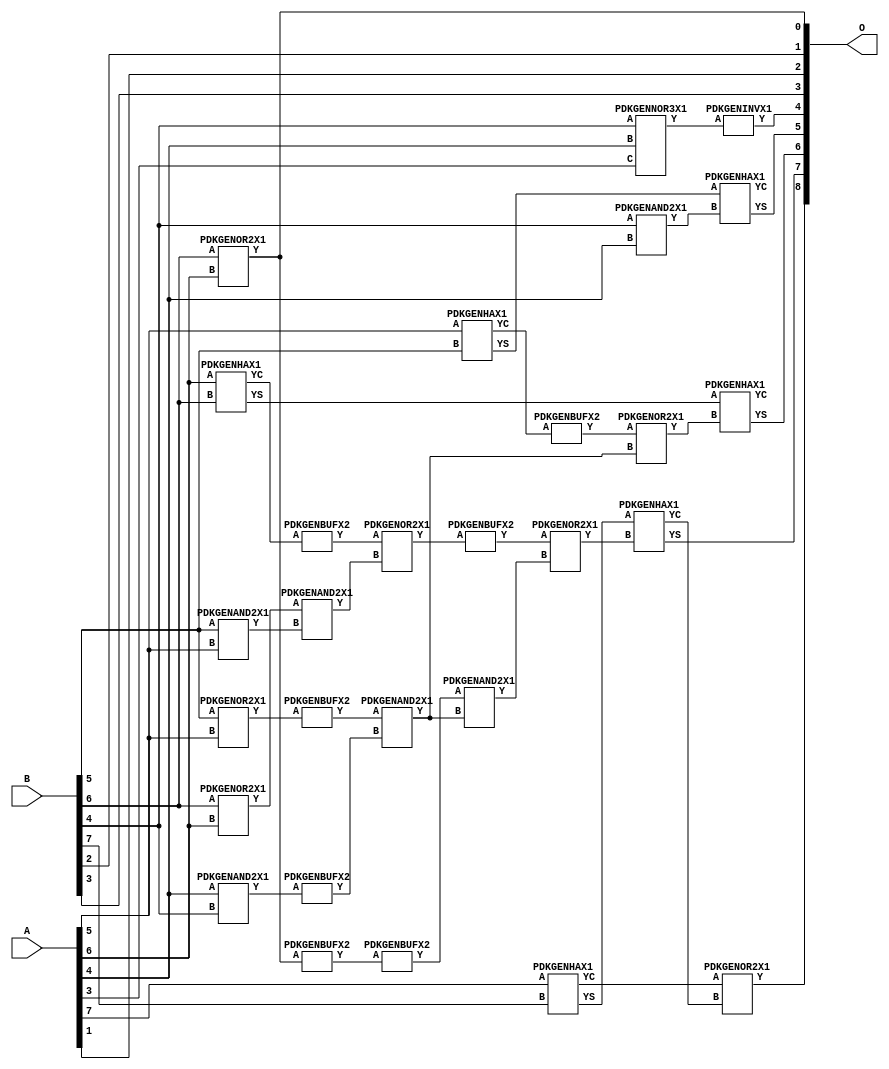
// Library = EvoApprox8b
// Circuit = add8_181
// Area   (180) = 1144
// Delay  (180) = 0.770
// Power  (180) = 305.50
// Area   (45) = 79
// Delay  (45) = 0.330
// Power  (45) = 24.59
// Nodes = 28
// HD = 188032
// MAE = 6.93457
// MSE = 69.25000
// MRE = 3.63 %
// WCE = 19
// WCRE = 100 %
// EP = 95.8 %

module add8_181(A, B, O);
  input [7:0] A;
  input [7:0] B;
  output [8:0] O;
  wire [2031:0] N;

  assign N[0] = A[0];
  assign N[1] = A[0];
  assign N[2] = A[1];
  assign N[3] = A[1];
  assign N[4] = A[2];
  assign N[5] = A[2];
  assign N[6] = A[3];
  assign N[7] = A[3];
  assign N[8] = A[4];
  assign N[9] = A[4];
  assign N[10] = A[5];
  assign N[11] = A[5];
  assign N[12] = A[6];
  assign N[13] = A[6];
  assign N[14] = A[7];
  assign N[15] = A[7];
  assign N[16] = B[0];
  assign N[17] = B[0];
  assign N[18] = B[1];
  assign N[19] = B[1];
  assign N[20] = B[2];
  assign N[21] = B[2];
  assign N[22] = B[3];
  assign N[23] = B[3];
  assign N[24] = B[4];
  assign N[25] = B[4];
  assign N[26] = B[5];
  assign N[27] = B[5];
  assign N[28] = B[6];
  assign N[29] = B[6];
  assign N[30] = B[7];
  assign N[31] = B[7];

  PDKGENOR2X1 n42(.A(N[28]), .B(N[12]), .Y(N[42]));
  assign N[43] = N[42];
  PDKGENOR2X1 n44(.A(N[28]), .B(N[12]), .Y(N[44]));
  assign N[45] = N[44];
  PDKGENAND2X1 n46(.A(N[26]), .B(N[10]), .Y(N[46]));
  assign N[47] = N[46];
  PDKGENNOR3X1 n48(.A(N[24]), .B(N[8]), .C(N[6]), .Y(N[48]));
  assign N[49] = N[48];
  PDKGENAND2X1 n68(.A(N[8]), .B(N[24]), .Y(N[68]));
  assign N[69] = N[68];
  PDKGENBUFX2 n70(.A(N[69]), .Y(N[70]));
  assign N[71] = N[70];
  PDKGENAND2X1 n72(.A(N[24]), .B(N[8]), .Y(N[72]));
  assign N[73] = N[72];
  PDKGENHAX1 n78(.A(N[10]), .B(N[26]), .YS(N[78]), .YC(N[79]));
  PDKGENBUFX2 n80(.A(N[79]), .Y(N[80]));
  assign N[81] = N[80];
  PDKGENHAX1 n86(.A(N[12]), .B(N[28]), .YS(N[86]), .YC(N[87]));
  PDKGENHAX1 n96(.A(N[14]), .B(N[30]), .YS(N[96]), .YC(N[97]));
  PDKGENBUFX2 n128(.A(N[44]), .Y(N[128]));
  assign N[129] = N[128];
  PDKGENOR2X1 n134(.A(N[26]), .B(N[10]), .Y(N[134]));
  assign N[135] = N[134];
  PDKGENBUFX2 n142(.A(N[87]), .Y(N[142]));
  assign N[143] = N[142];
  PDKGENAND2X1 n162(.A(N[43]), .B(N[47]), .Y(N[162]));
  PDKGENBUFX2 n170(.A(N[129]), .Y(N[170]));
  PDKGENINVX1 n176(.A(N[49]), .Y(N[176]));
  assign N[177] = N[176];
  PDKGENOR2X1 n180(.A(N[143]), .B(N[162]), .Y(N[180]));
  PDKGENBUFX2 n206(.A(N[135]), .Y(N[206]));
  PDKGENBUFX2 n208(.A(N[180]), .Y(N[208]));
  assign N[209] = N[208];
  PDKGENAND2X1 n226(.A(N[206]), .B(N[71]), .Y(N[226]));
  PDKGENOR2X1 n244(.A(N[81]), .B(N[226]), .Y(N[244]));
  assign N[245] = N[244];
  PDKGENAND2X1 n254(.A(N[170]), .B(N[226]), .Y(N[254]));
  PDKGENOR2X1 n272(.A(N[209]), .B(N[254]), .Y(N[272]));
  assign N[273] = N[272];
  PDKGENHAX1 n394(.A(N[78]), .B(N[73]), .YS(N[394]), .YC(N[395]));
  PDKGENHAX1 n404(.A(N[86]), .B(N[245]), .YS(N[404]), .YC(N[405]));
  PDKGENHAX1 n412(.A(N[96]), .B(N[273]), .YS(N[412]), .YC(N[413]));
  PDKGENOR2X1 n422(.A(N[97]), .B(N[413]), .Y(N[422]));

  assign O[0] = N[45];
  assign O[1] = N[20];
  assign O[2] = N[2];
  assign O[3] = N[22];
  assign O[4] = N[177];
  assign O[5] = N[394];
  assign O[6] = N[404];
  assign O[7] = N[412];
  assign O[8] = N[422];

endmodule
/* mod */
module PDKGENHAX1( input A, input B, output YS, output YC );
    assign YS = A ^ B;
    assign YC = A & B;
endmodule
/* mod */
module PDKGENOR2X1(input A, input B, output Y );
     assign Y = A | B;
endmodule
/* mod */
module PDKGENAND2X1(input A, input B, output Y );
     assign Y = A & B;
endmodule
/* mod */
module PDKGENINVX1(input A, output Y );
     assign Y = ~A;
endmodule
/* mod */
module PDKGENNOR3X1(input A, input B, input C, output Y );
     assign Y = ~((A | B) | C);
endmodule
/* mod */
module PDKGENBUFX2(input A, output Y );
     assign Y = A;
endmodule